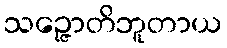
သဉ္ဇောတိဘူတာယ